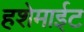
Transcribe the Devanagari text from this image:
हशेमाईट